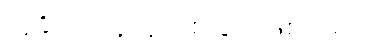
သူခိုးက လူလူဟစ်ခြင်း ဖြစ်သည်။